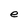
Character: e